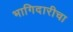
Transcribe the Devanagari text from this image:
भागिदारीचा